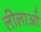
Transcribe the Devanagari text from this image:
लीलाओँ